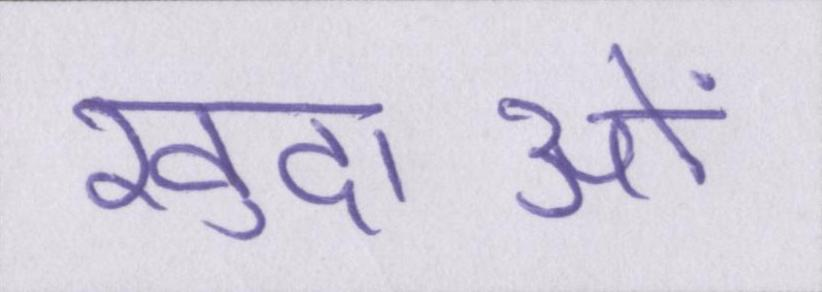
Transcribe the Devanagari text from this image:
खुदाओं